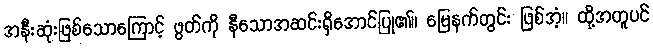
အနီးဆုံးဖြစ်သောကြောင့် ဖွတ်ကို နီသောအဆင်းရှိအောင်ပြု၏။ မြေနက်တွင်း ဖြစ်အံ့။ ထို့အတူပင်